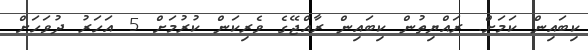
ކިބައިން ކަމަށް. ރައްޔިތުން ކިބައިން ރާއްޖޭގެ ވެރިކަން ކުރުމަށް 5 އަހަރު ދުވަހަށް